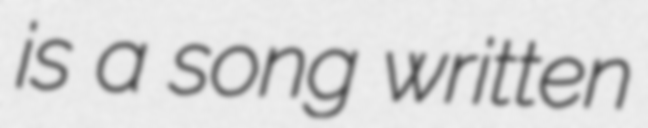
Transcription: is a song written